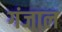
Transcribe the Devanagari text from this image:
गंजाल